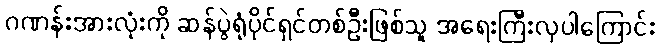
ဂဏန်းအားလုံးကို ဆန်ပွဲရုံပိုင်ရှင်တစ်ဦးဖြစ်သူ အရေးကြီးလှပါကြောင်း